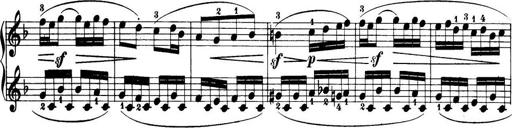
Title: 32 Sonatinas and Rondos for the Piano
Composer: Richard Kleinmichel